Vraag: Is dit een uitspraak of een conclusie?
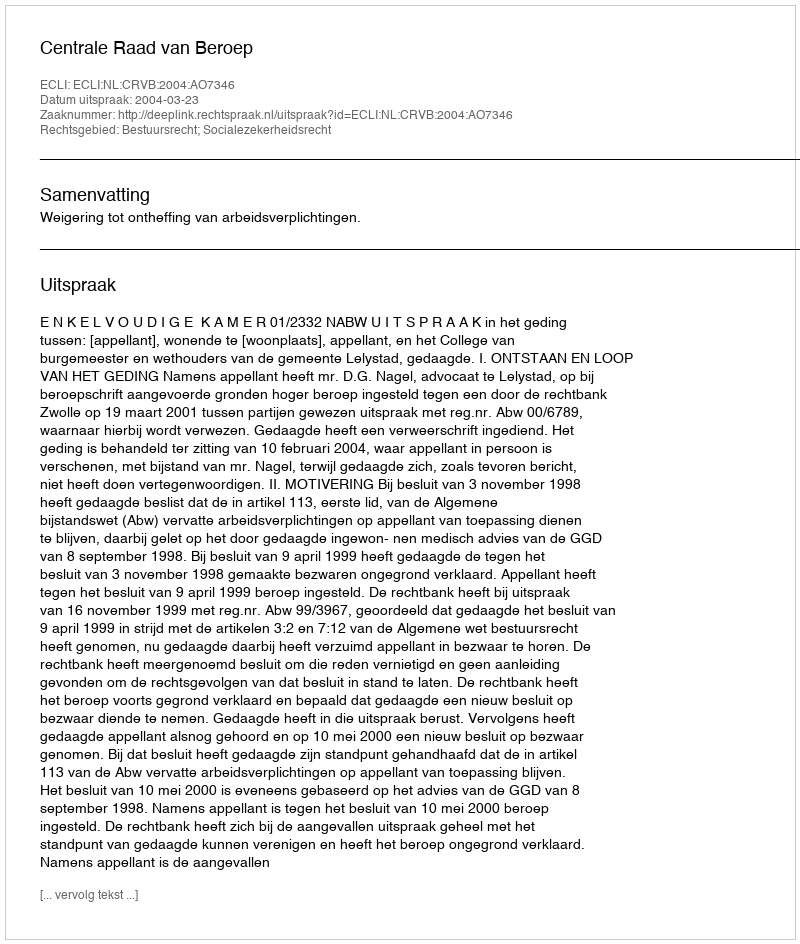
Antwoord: Uitspraak